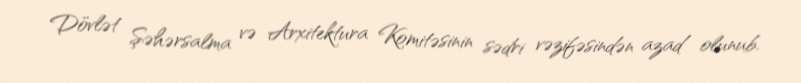
Dövlət Şəhərsalma və Arxitektura Komitəsinin sədri vəzifəsindən azad olunub.